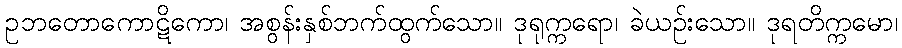
ဥဘတောကောဋိကော၊ အစွန်းနှစ်ဘက်ထွက်သော။ ဒုရုက္ကရော၊ ခဲယဉ်းသော။ ဒုရတိက္ကမော၊